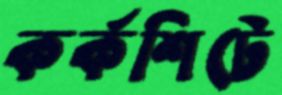
কর্কশিটে